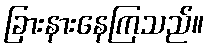
ခြားနားနေကြသည်။